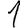
Digit: 1